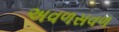
અવળસવળ